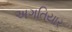
અગતિયાર